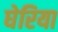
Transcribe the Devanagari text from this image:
घेरिया